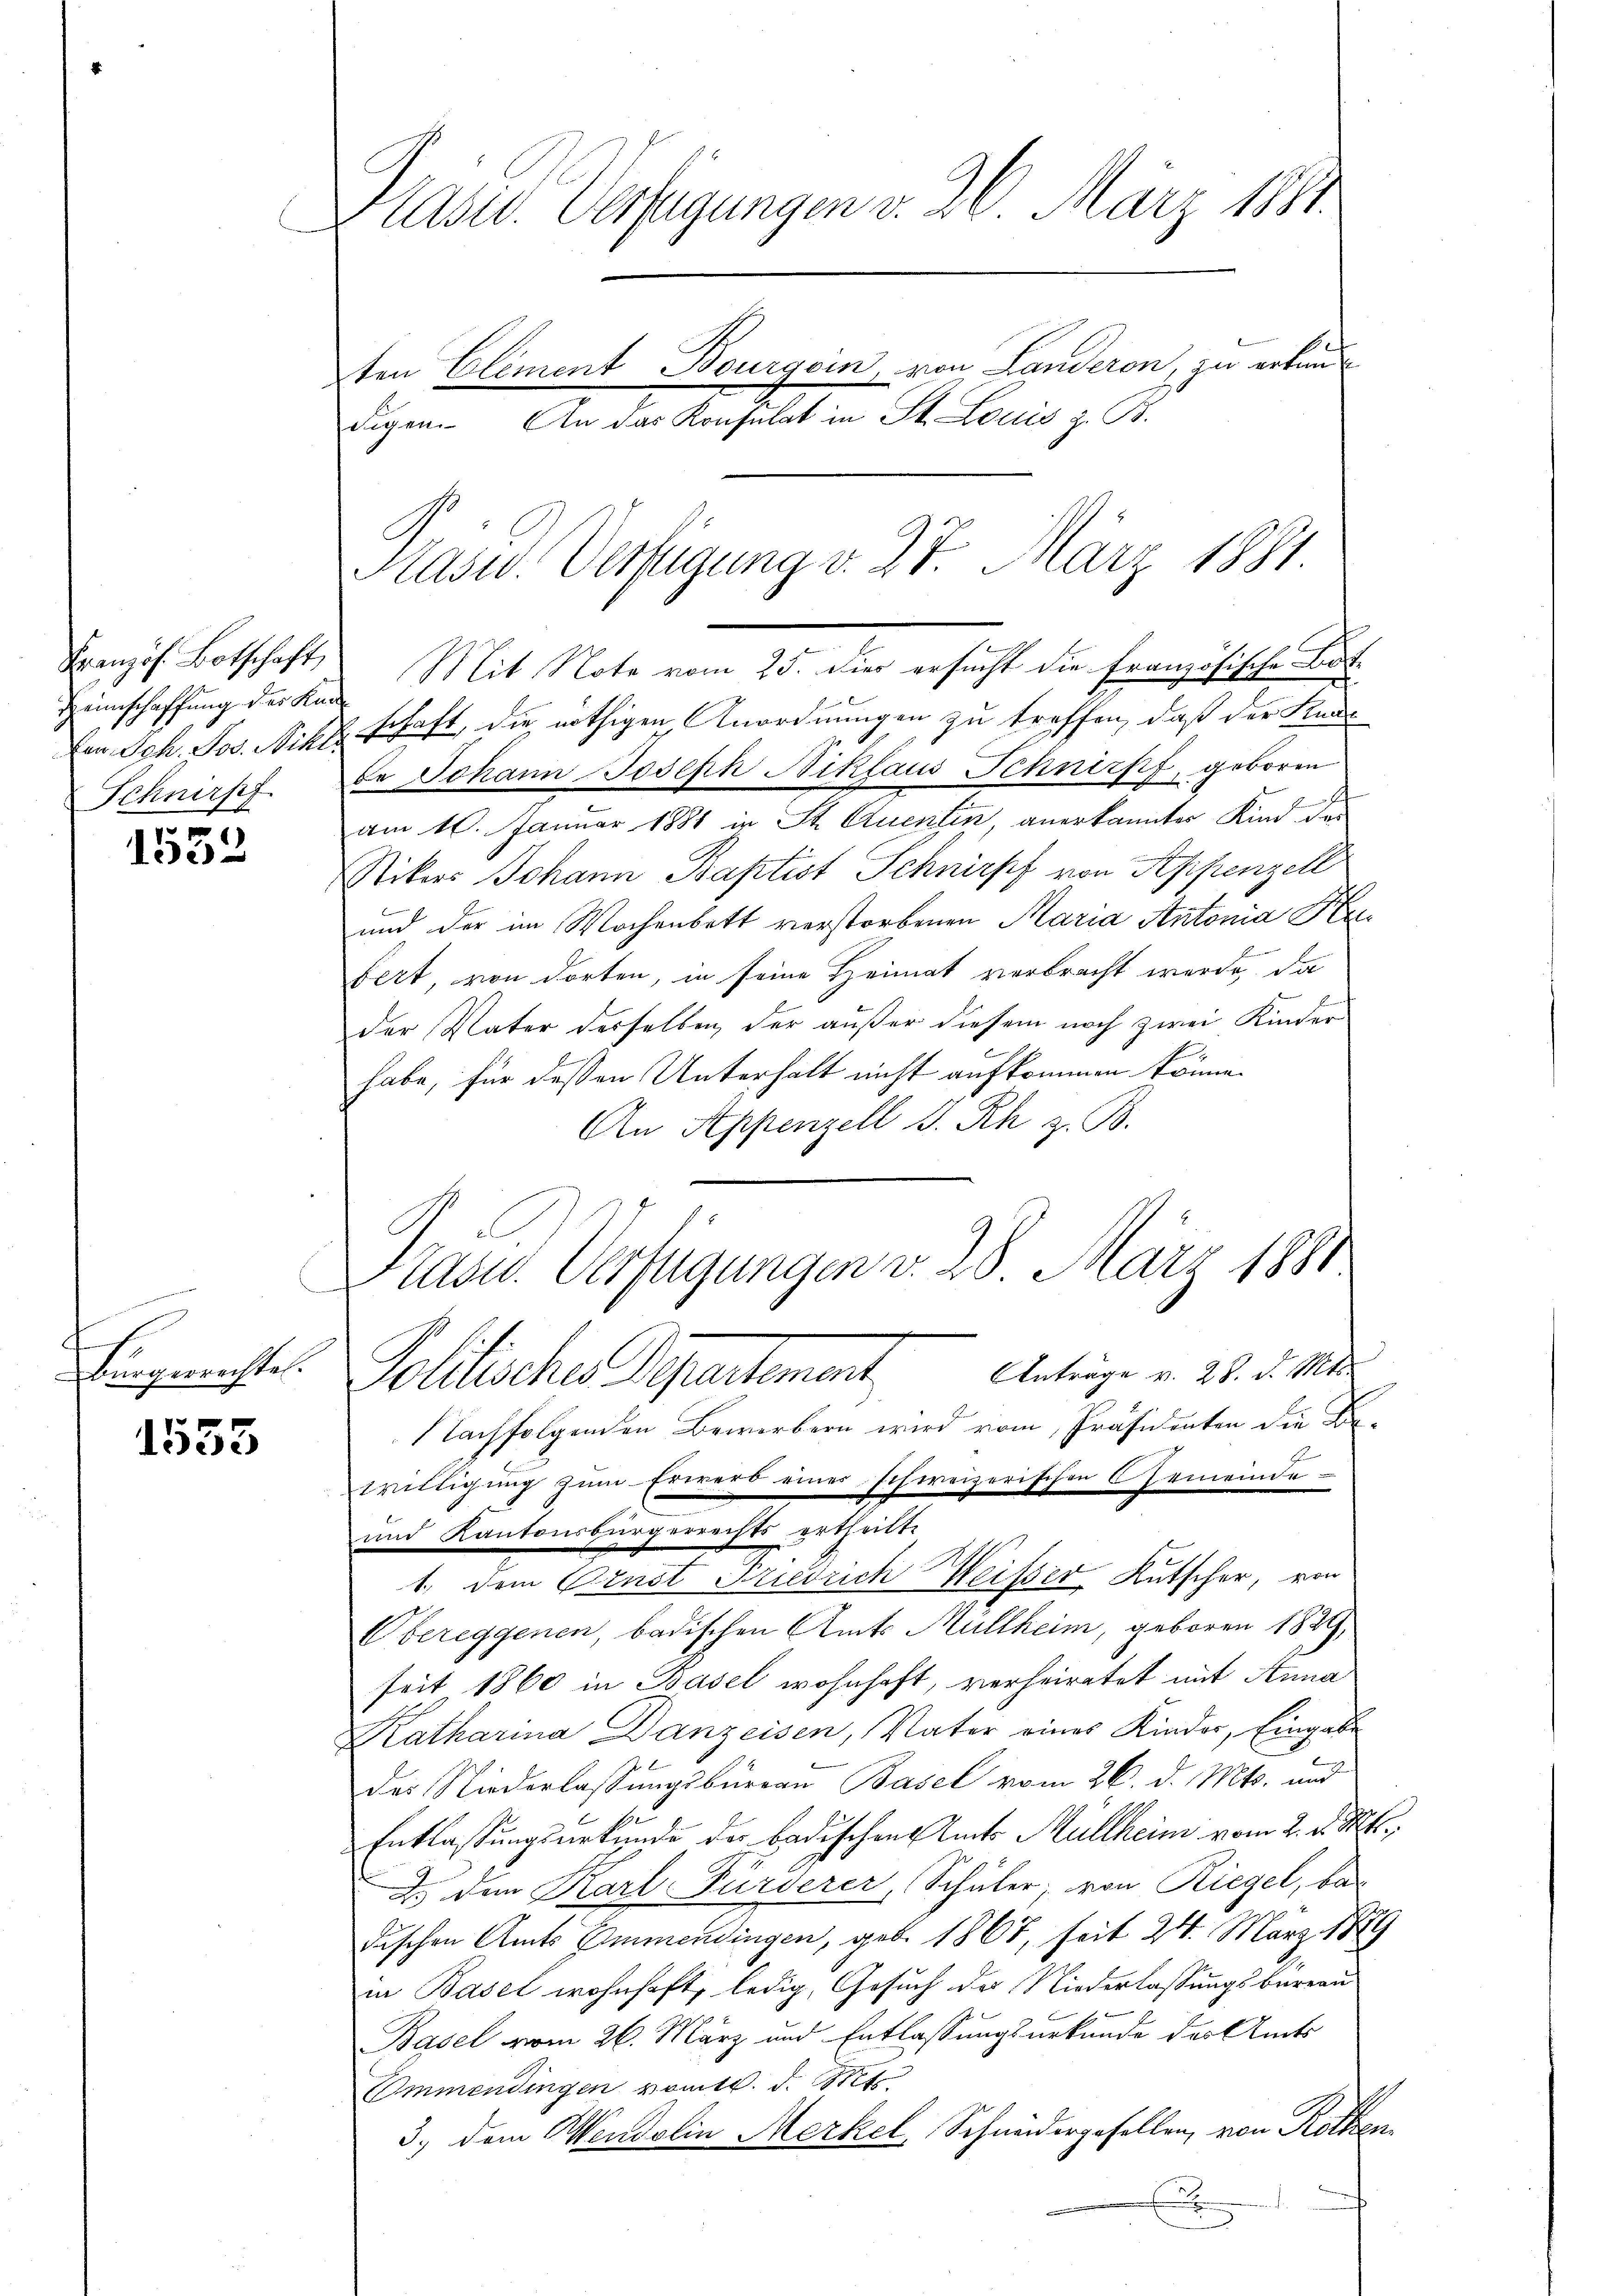
Französ. Botschaft
Heimschaffung der Ka-
Den Joh. Jos. Nikl
Schnirpf

.
132

d
Bürgerrechtes.

1555

Präsid. Verfügungen v. 26. März 1811.
ten Element Bourgein von Landeren, zu erkandigen. An das Konsulat in St. Louis z. B.

i
Eschaft, die nöthigen Anordnungen zu treffen, daß der Kanbe Johann Joseph Niklaus Schnirpf, geboren
am 10. Januar 1881 in St. Quentin, anerkannter Kind des

Nikos Johann Baptist Schnirpf von Appenzell
und der im Wochenbett verstorbenen Maria Antonia Kla
fert, von dorten, in seine Heimat verbracht werde, da
der Vater derselben, der außer diesem noch zwei Kinder
habe, für dessen Unterhalt nicht aufkommen könne.
An Appenzell I. Rh z. B.
Solitische Departement. Anträge v. 21. d. M.
Nachfolgenden Bewerbern wird vom Präsidenten die Vorwilligung zum Erwerb eines schweizerischen Gemeinde-
und Kantonsbürgerrechts ertheilt.
1. dem Ernst Friedrich Weisser Kutscher, von
Obereggenen, badischen Amts Müllheim, geboren 1889,
seit 1860 in Basel wohnhaft, verheiratet mit Anna
Katharina Danzeisen, Vater eines Kinder, Eingabe
das Niederlassungsbureau Basel vom 26. d. Mts. und
Entlassungsurkunde der badischen Amts Multheim vom 2. d. Mts.
2. den Karl Fürderer, Schüler, von Riegel, be-
dischen Amts Emmendingen, geb. 1868, seit 24. März 1889
in Basel wohnhaft, ledig, Gesuch der Niederlassungsbureau
Basel vom 26. März und Entlassungsurkunde des Amts
Emmendingen vom 16. d. 1124
3.) Dem Wendolin Merkel, Schneidergesellen, von Rotten
x

Rasw. Verfügung v. 27. März 1881
Mit Note vom 25. dies ersucht die Französische Bote

Präsid. Verfügungen v. 28. März 1881.